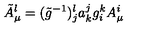
\tilde { A } _ { \mu } ^ { l } = ( \tilde { g } ^ { - 1 } ) { } _ { j } ^ { l } a _ { k } ^ { j } g _ { i } ^ { k } A _ { \mu } ^ { i }